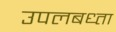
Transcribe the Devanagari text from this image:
उपलबध्ता